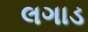
લગાડ